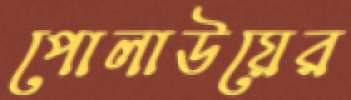
পোলাউয়ের